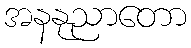
အနနုညာတော